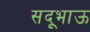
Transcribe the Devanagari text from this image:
सदूभाऊ